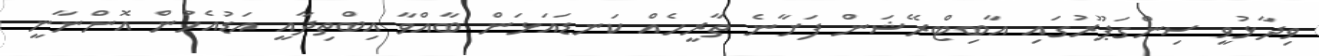
ވިދާޅުވީ ސިންގަޕޫރުގައި އާބިޓްރޭޝަން ފަށާނެ ތާރީހެއް ކަނޑައަޅަން ބާއްވާ އިބްތިދާއީ އަޑުއެހުން އޮންނާނީ